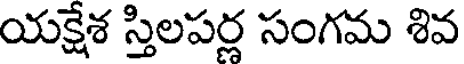
యక్షేశ స్తిలపర్ల సంగమ శివ